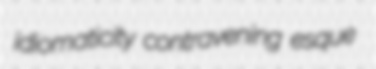
idiomaticity contravening esque